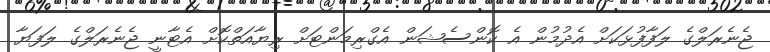
ޖެނެރަލްގެ ލަފާފުޅަކަށް އެދުމުން އެ ކޮންސެޝަން އެގްރިމަންޓަށް ރިޔާއަތްކޮށް އެޓާނީ ޖެނެރަލްގެ ލަފަޔާ